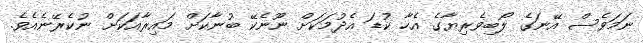
ނަމަވެސް އޭނަގެ ލޯބިވެރިޔާގެ އެހާ ކުޑަ އެދުމަކަށް ނޫނެކޭ ބުނާކަށް މައިރާއަކަށް ނުކެރޭނެއެވެ.